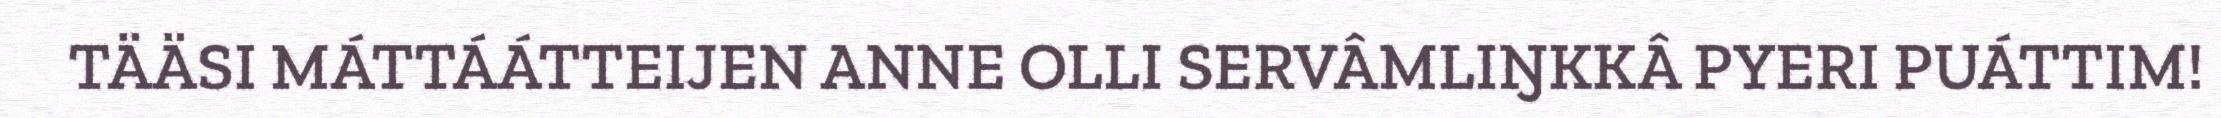
TÄÄSI MÁTTÁÁTTEIJEN ANNE OLLI SERVÂMLIŊKKÂ PYERI PUÁTTIM!